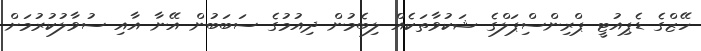
ހޭޒްގެ ޑެޕިއުޓީ ޕްރިންސްިޕަލްގެ ޝަކުވާތަކެއް ލިބެމުން ދިއުމުގެ ސަބަބުން އޭނާ އާއި ސުވާލުކުރުމަށް